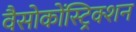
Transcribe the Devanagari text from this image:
वैसोकोंस्ट्रिक्शन